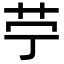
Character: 𦬪